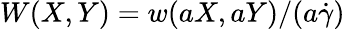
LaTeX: W(X,Y)=w(aX,aY)/(a\dot{\gamma})